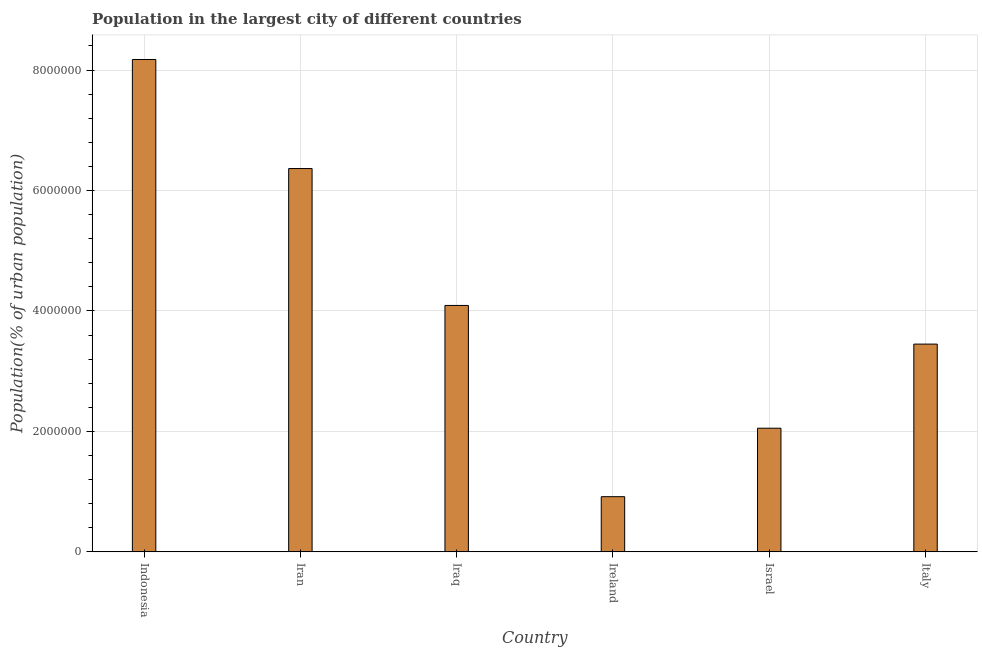
| Country | Population in largest city |
 | --- | --- |
 | Indonesia | 8.18e+06 |
 | Iran | 6.36e+06 |
 | Iraq | 4.09e+06 |
 | Ireland | 9.16e+05 |
 | Israel | 2.05e+06 |
 | Italy | 3.45e+06 |